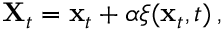
{ \mathbf { X } } _ { t } = { \mathbf { x } } _ { t } + \alpha \boldsymbol { \xi } ( { \mathbf { x } } _ { t } , t ) \, ,